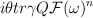
\begin{align*}i \theta tr \gamma Q {\cal F} (\omega)^n \end{align*}